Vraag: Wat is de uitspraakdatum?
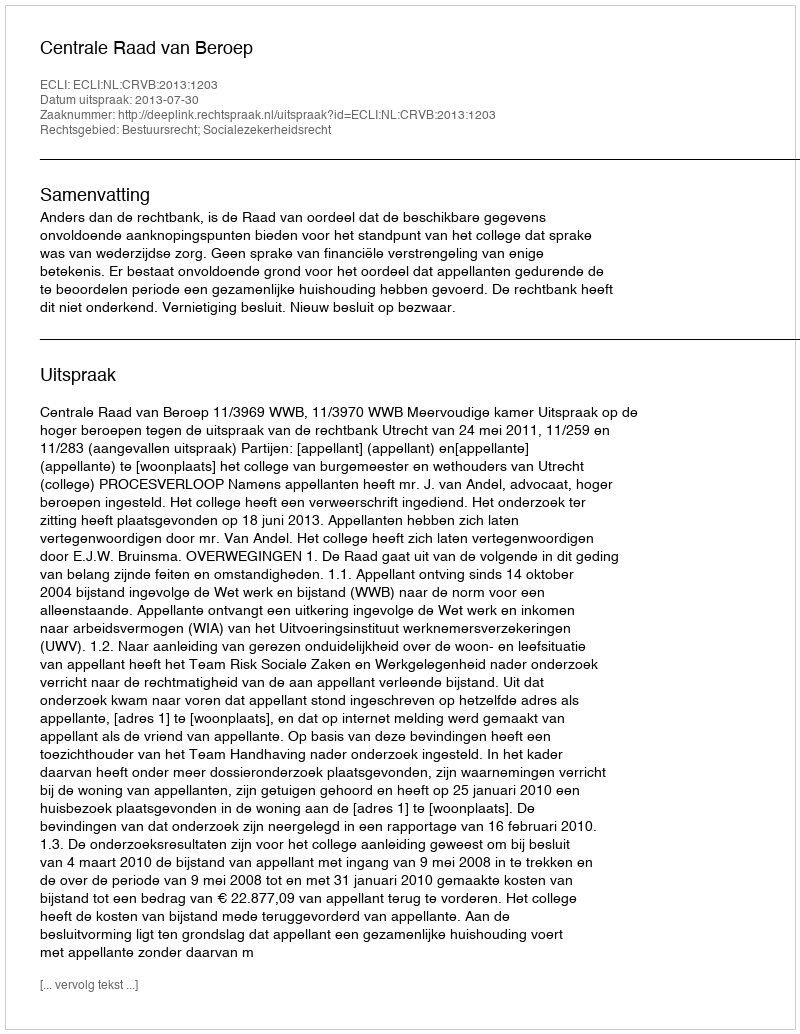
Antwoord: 2013-07-30